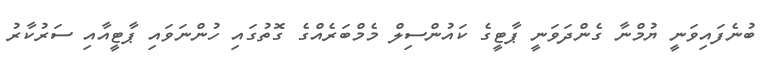
ބުނެފައިވަނީ ޔުމްނާ ގެންދަވަނީ ޕާޓީގެ ކައުންސިލް މެމްބަރެއްގެ ގޮތުގައި ހުންނަވައި ޕާޓީއާއި ސަރުކާރު